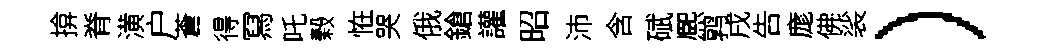
揜脊潢户蒼得冩吒榖恠哭俄鎗讙昭沛含碔熈鹑戌告庬佛裟）